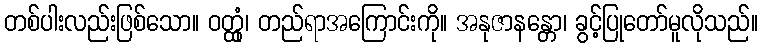
တစ်ပါးလည်းဖြစ်သော။ ဝတ္ထုံ၊ တည်ရာအကြောင်းကို။ အနုဇာနန္တော၊ ခွင့်ပြုတော်မူလိုသည်။